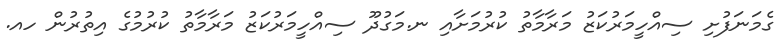
ގެމަނަފުށި ސިއްހީމަރުކަޒު މަރާމާތު ކުރުމަށާއި ނ.މަގުދޫ ސިއްހީމަރުކަޒު މަރާމާތު ކުރުމުގެ އިތުރުން ހއ.